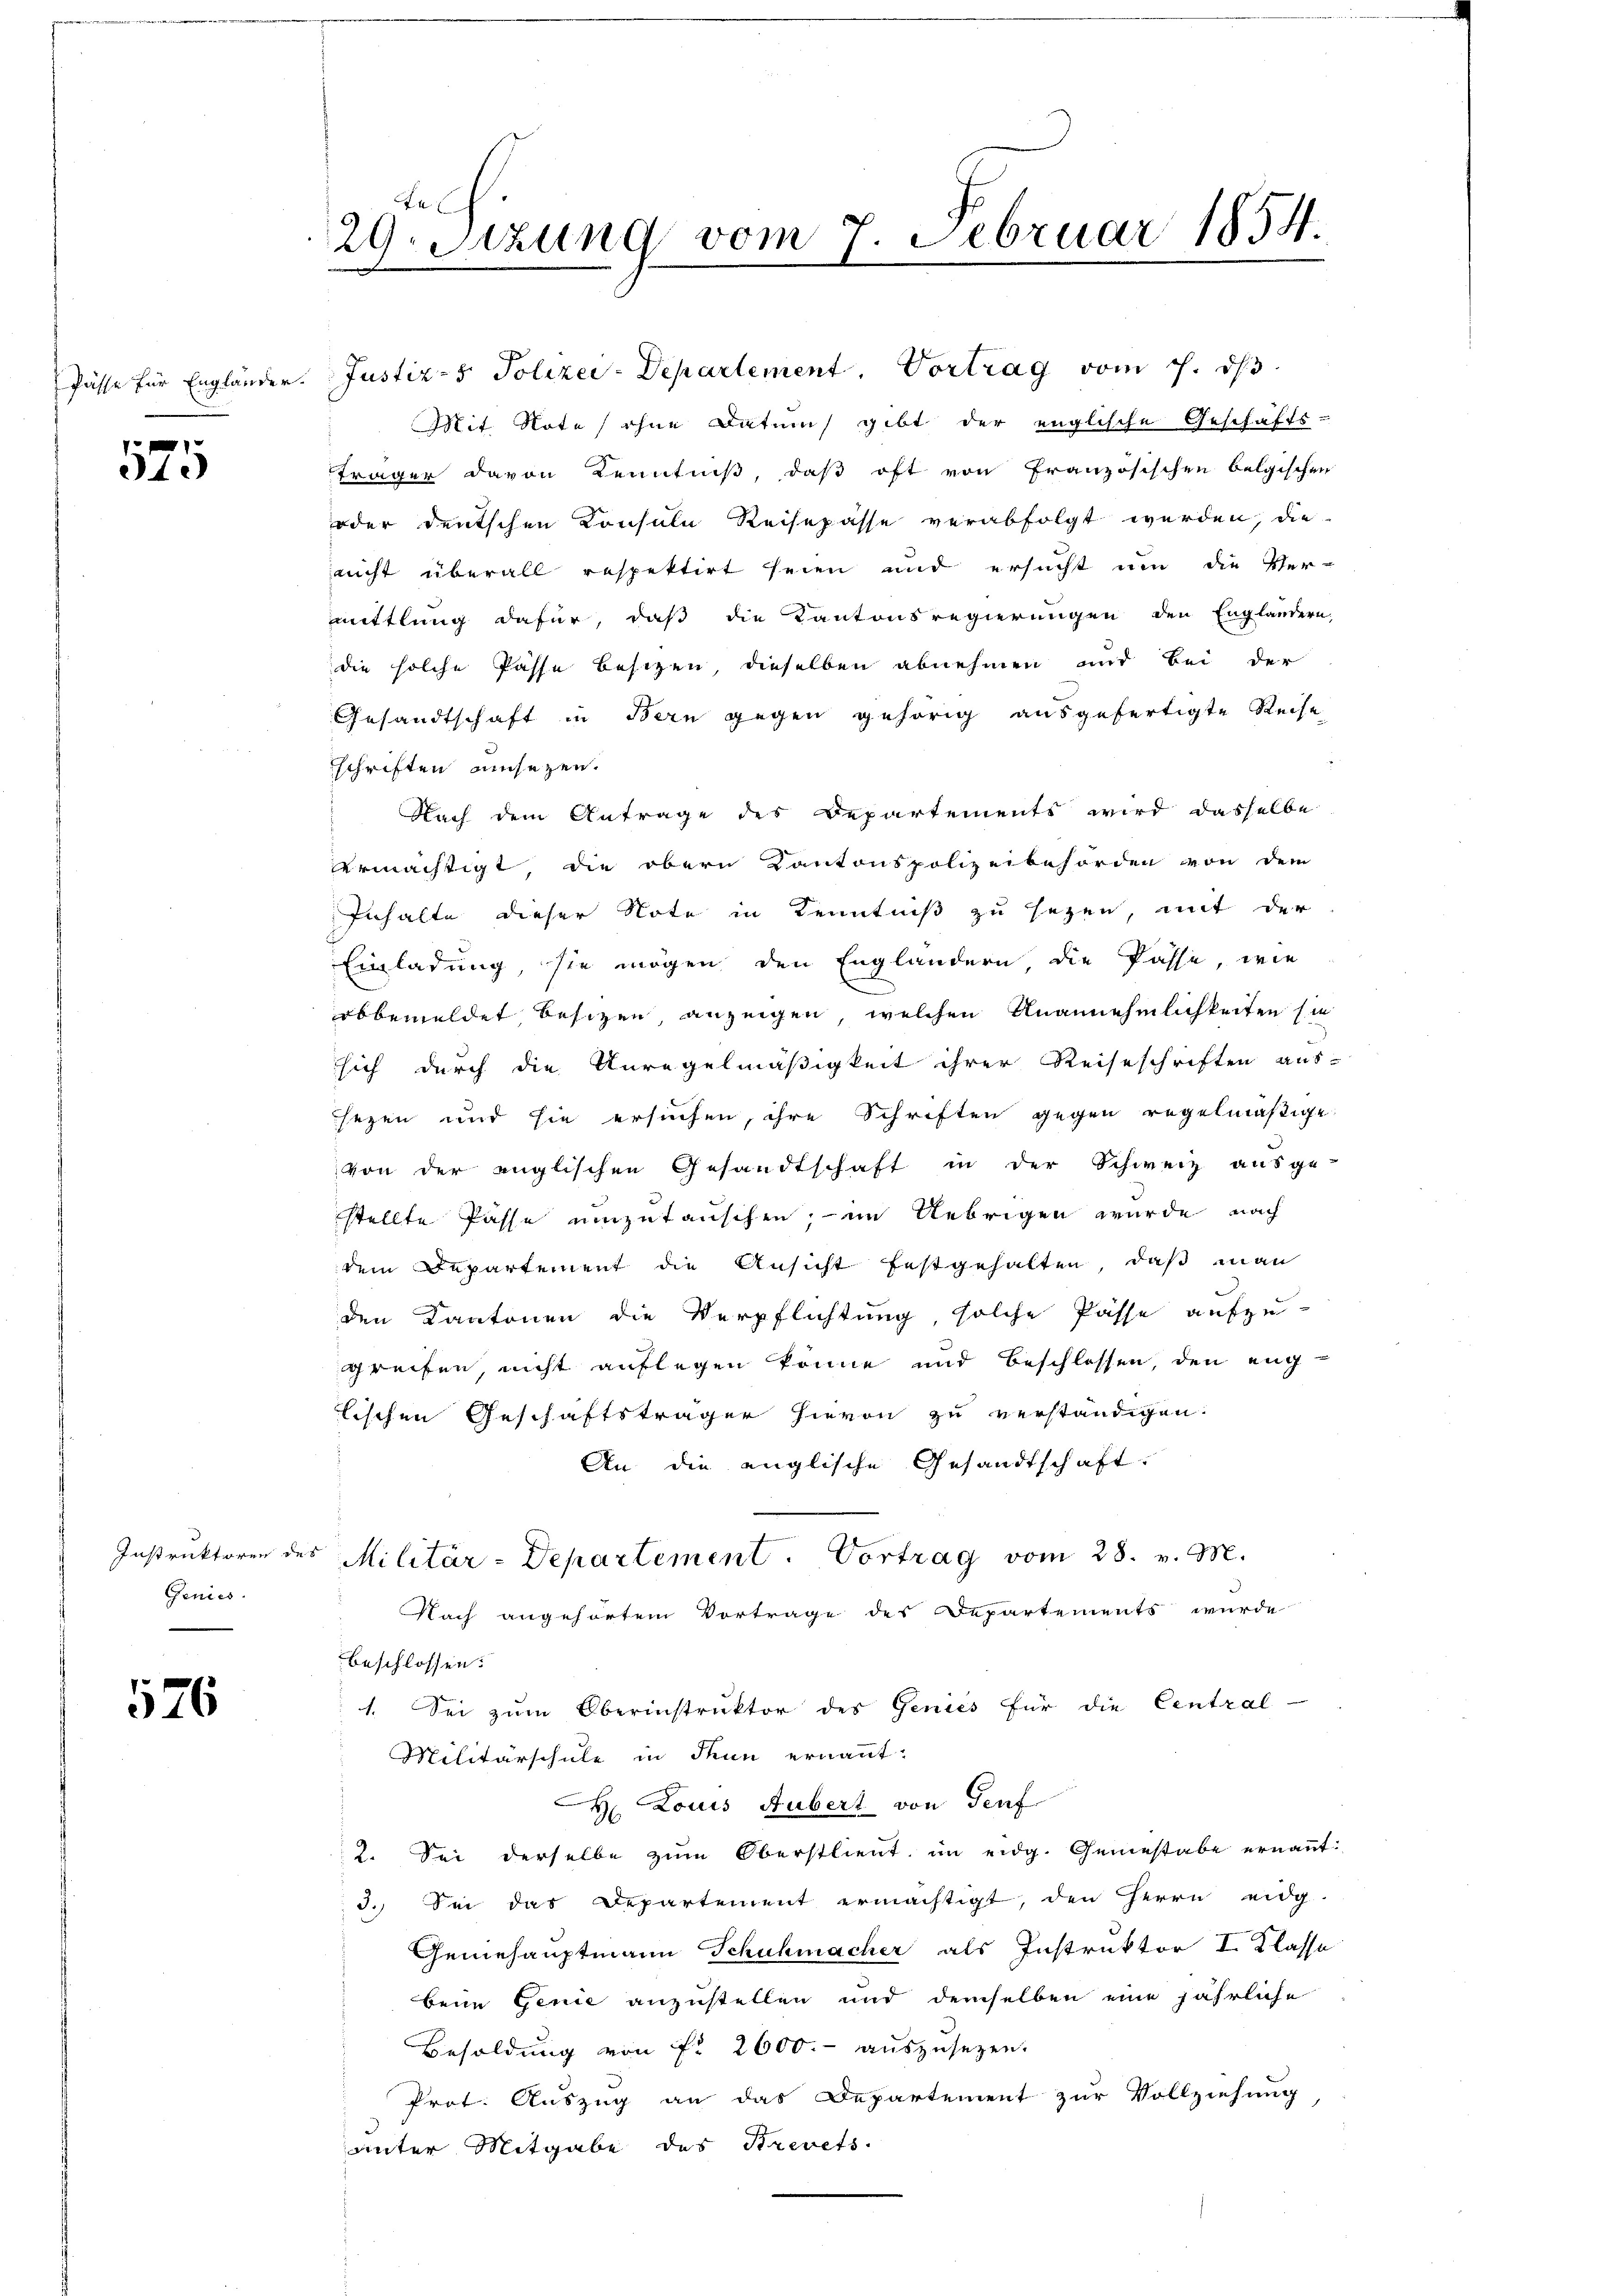
Pässe für Engländer

25

Instruktoren de
Genies

526

Je
29. Sitzung vom 7. Februar 1854.
e

Justiz- & Polizei-Departement. Vortrag vom 7. ds
Mit Note (ohne Datum gibt der englische Geschäfts-
träger davon Kenntniß, daß oft von Französischen belgischen
oder deutschen Konsula Reisepässe verabfolgt werden, die
nicht überall respektirt seien und ersucht um die Ver-
mittlung dafür, daß die Kantonsregierungen den Engländern,
die solche Pässe besizen, dieselben abnehmen und bei der
Gesandtschaft in Bern gegen gehörig ausgefertigte Reise
schriften einsezen.
Nach dem Antrage des Departements wird dasselbe
ermächtigt die obern Kantonspolizeibehörden von dem
Inhalte dieser Note in Kenntniß zu sezen, mit der
Einladung, sie mögen den Engländern die Pässe, wie
obbemeldet besitzen, anzeigen, welchen Unannehmlichkeiten sie
sich durch die Unregelmäßigkeit ihrer Reiseschriften aus-
sezen und sie ersuchen, ihre Schriften gegen regelmäßige
von der englischen Gesandtschaft in der Schweiz ausge-
stellte Pässe einzutauschen; — im Uebrigen wurde nach
dem Departement die Ansicht festgehalten, daß man
den Kantonen die Verpflichtung solche Pässe aufzugreifen, nicht auflegen könne und beschlossen, den eng
tischen Geschäftsträger hievon zu verständigen.
An die englische Gesandtschaft.
 Militär-Departement. Vortrag vom 28. v. M.
Nach angehörtem Vortrage des Departements wurde
beschlossen:
1. Sei zŭm Oberinstruktor des Genies für die Central-
Militärschule in denn ernannt:
H. Louis Hubert von Teuf
2. Sei derselbe zum Oberstlient im eidg. Gemestabe ernannt:
3. Sei das Departement ermächtigt, den Herrn eidg
Genehauptmann Schuhmacher als Instruktor I. Klasse
bene Genie anzustellen und demselben eine jährliche
Besoldung von ff. 2600.- auszusetzen.
Prot. Auszug an das Departement zur Vollziehung,
unter Mitgabe des Brevets.